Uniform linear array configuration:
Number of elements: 48
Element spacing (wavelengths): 0.75
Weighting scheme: hann
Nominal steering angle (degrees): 0
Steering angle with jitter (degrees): -1.518
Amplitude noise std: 0.05
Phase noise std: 0.05

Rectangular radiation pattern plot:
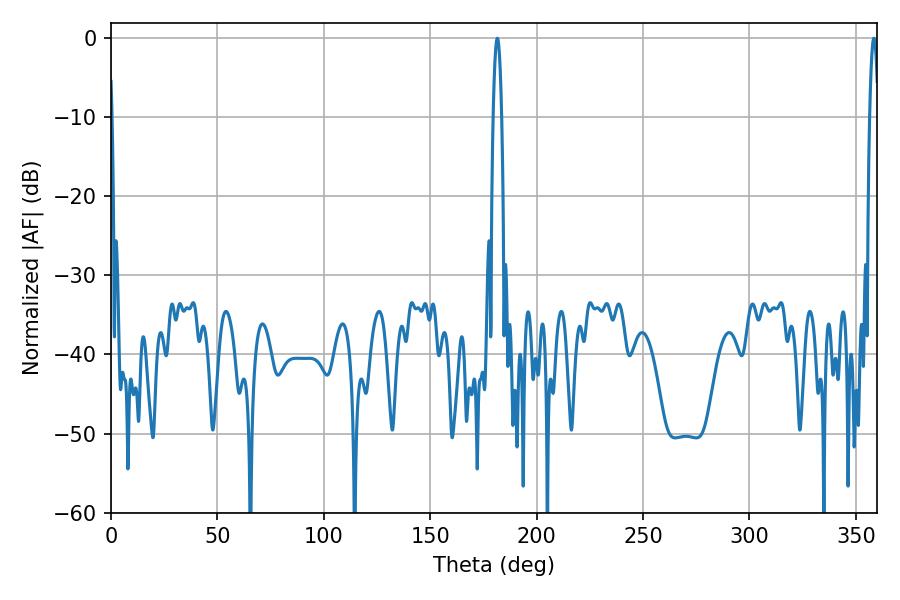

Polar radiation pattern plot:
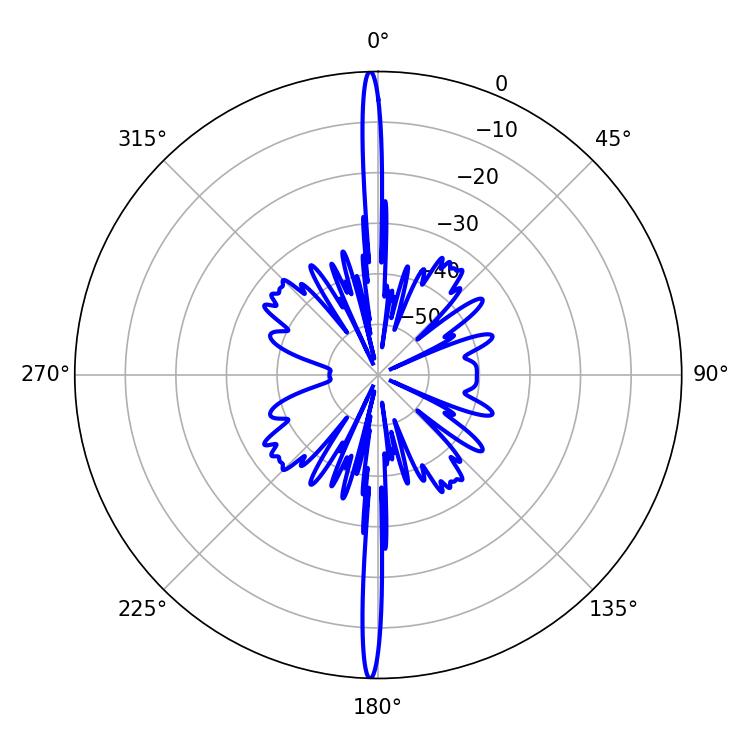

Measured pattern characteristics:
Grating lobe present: TRUE
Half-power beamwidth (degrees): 2.16
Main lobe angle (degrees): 181.62